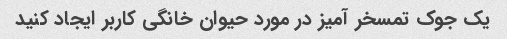
یک جوک تمسخر آمیز در مورد حیوان خانگی کاربر ایجاد کنید